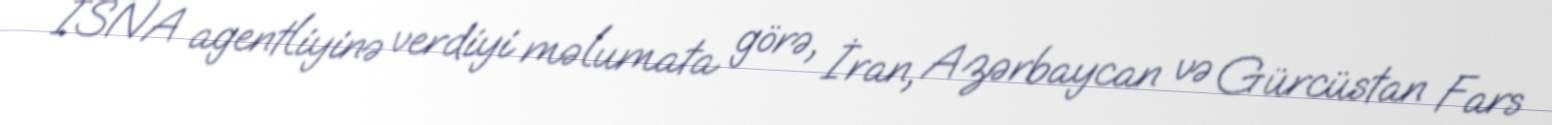
ISNA agentliyinə verdiyi məlumata görə, İran, Azərbaycan və Gürcüstan Fars